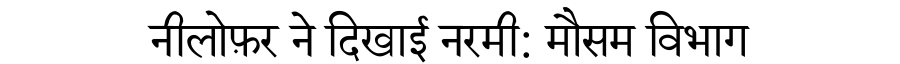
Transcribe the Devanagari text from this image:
नीलोफ़र ने दिखाई नरमी: मौसम विभाग